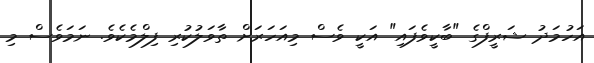
އަހުމަދު ޝަރީފްގެ "ބާކީވެފައި" އަކީ ވެސް މިއަހަރަށް ތާވަލުކުރި ފިލްމެކެވެ. ނަމަވެސް މި